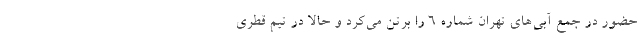
حضور در جمع آبی‌های تهران شماره ۶ را برتن می‌کرد و حالا در تیم قطری